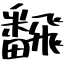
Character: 飜